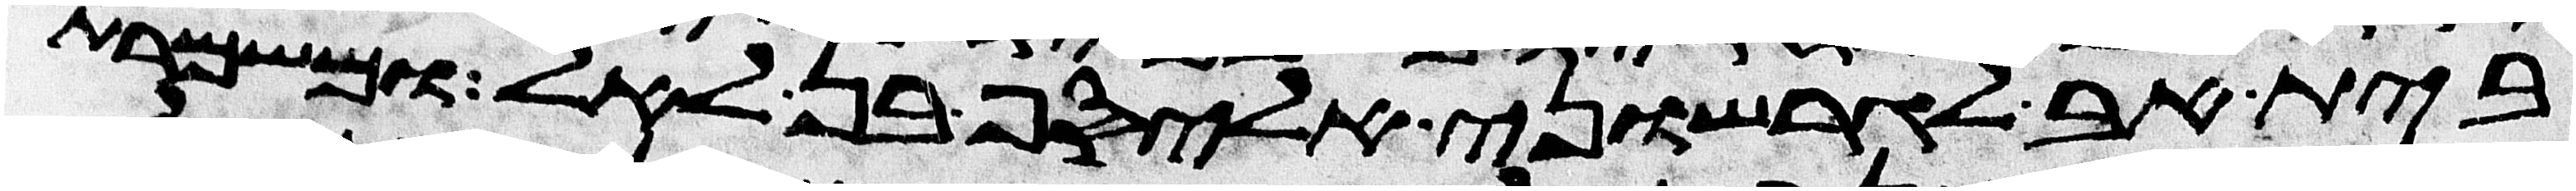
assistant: בית אב לגרשוני אליסף בן לאל ומשמרת